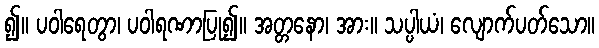
၍။ ပဝါရေတွာ၊ ပဝါရဏာပြု၍။ အတ္တနော၊ အား။ သပ္ပါယံ၊ လျောက်ပတ်သော။